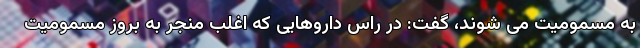
به مسمومیت می شوند، گفت: در راس داروهایی که اغلب منجر به بروز مسمومیت